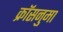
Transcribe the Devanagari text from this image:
क्रॉसनुमा